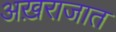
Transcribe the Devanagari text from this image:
अख़राजात